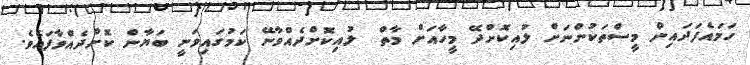
ހަމައެފަދައިން މީސްތަކުންނަށް ލުއިކޮށްދޭ މީހާއަށް މާތް  ލުއިކޮށްދެއްވާނޭ ކަމުގައިވަނީ ބަޔާން ކޮށްދެއްވާފައެވެ.